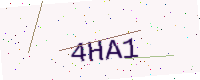
Text: 4HA1